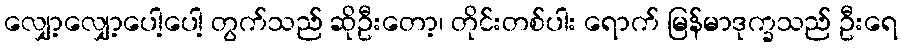
လျှော့လျှော့ပေါ့ပေါ့ တွက်သည် ဆိုဦးတော့၊ တိုင်းတစ်ပါး ရောက် မြန်မာဒုက္ခသည် ဦးရေ